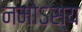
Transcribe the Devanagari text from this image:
नमोऽस्य